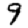
Digit: 9